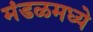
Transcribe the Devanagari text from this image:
मंडळमध्ये